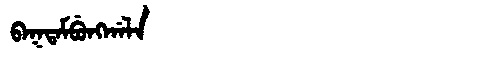
Manchu: ᠪᠠᡴᡨᠠᠮᠪᡠᠩᡤᠠᠯᠠ
Romanization: BAKTAMBUNGGALA